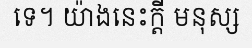
ទេ។ យ៉ាងនេះក្តី មនុស្ស